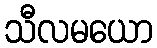
သီလမယော